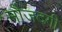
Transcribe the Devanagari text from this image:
मौजदगी